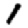
Digit: 1